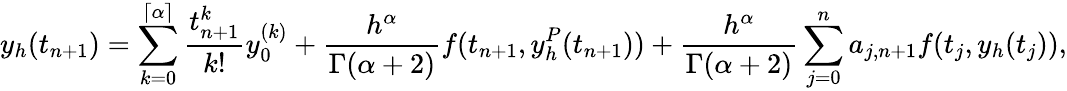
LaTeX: y_{h}(t_{n+1})=\sum_{k=0}^{\left\lceil{\alpha}\right\rceil}\frac{t_{n+1}^{k}}{k!}y_{0}^{(k)}+\frac{h^{\alpha}}{\Gamma(\alpha+2)}f(t_{n+1},y_{h}^{P}(t_{n+1}))+\frac{h^{\alpha}}{\Gamma(\alpha+2)}\sum_{j=0}^{n}a_{j,n+1}f(t_{j},y_{h}(t_{j})),